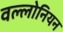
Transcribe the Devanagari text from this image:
वल्लोनियन